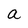
Character: a